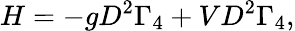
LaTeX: H=-gD^{2}\Gamma_{4}+VD^{2}\Gamma_{4},